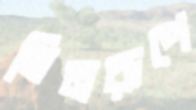
তিনরূপে